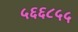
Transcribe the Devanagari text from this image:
५६६८५५